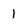
Character: 1